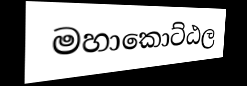
මහාකොට්ඨල